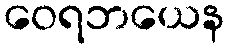
ဝေရဘယေန